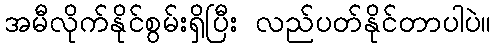
အမီလိုက်နိုင်စွမ်းရှိပြီး လည်ပတ်နိုင်တာပါပဲ။